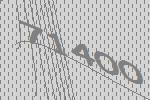
71400